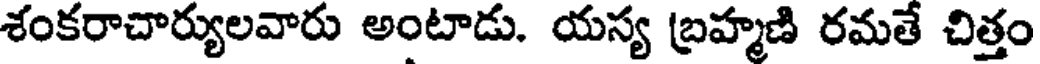
శంకరాచార్యులవారు అంటాడు. యస్య బ్రహ్మణి రమతే చిత్తం